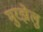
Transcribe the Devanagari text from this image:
मुरझेलु